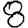
Digit: 8